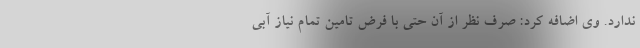
ندارد. وی اضافه کرد: صرف نظر از آن حتی با فرض تامین تمام نیاز آبی